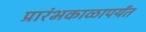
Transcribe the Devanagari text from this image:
प्रारंभकाळापर्यंत